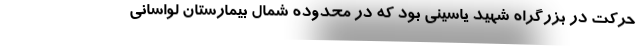
حرکت در بزرگراه شهید یاسینی بود که در محدوده شمال بیمارستان لواسانی